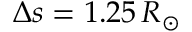
\Delta s = 1 . 2 5 \, R _ { \odot }